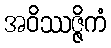
အဝိဿဇ္ဇိကံ